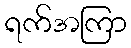
ရက်အကြာ